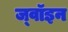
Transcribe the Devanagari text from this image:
ज्‍वॉइन